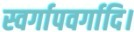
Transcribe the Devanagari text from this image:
स्वर्गापवर्गादि।